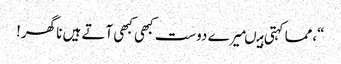
“،مما کہتی ہیںمیرے دوست کبھی کبھی آتے ہیں نا گھر!